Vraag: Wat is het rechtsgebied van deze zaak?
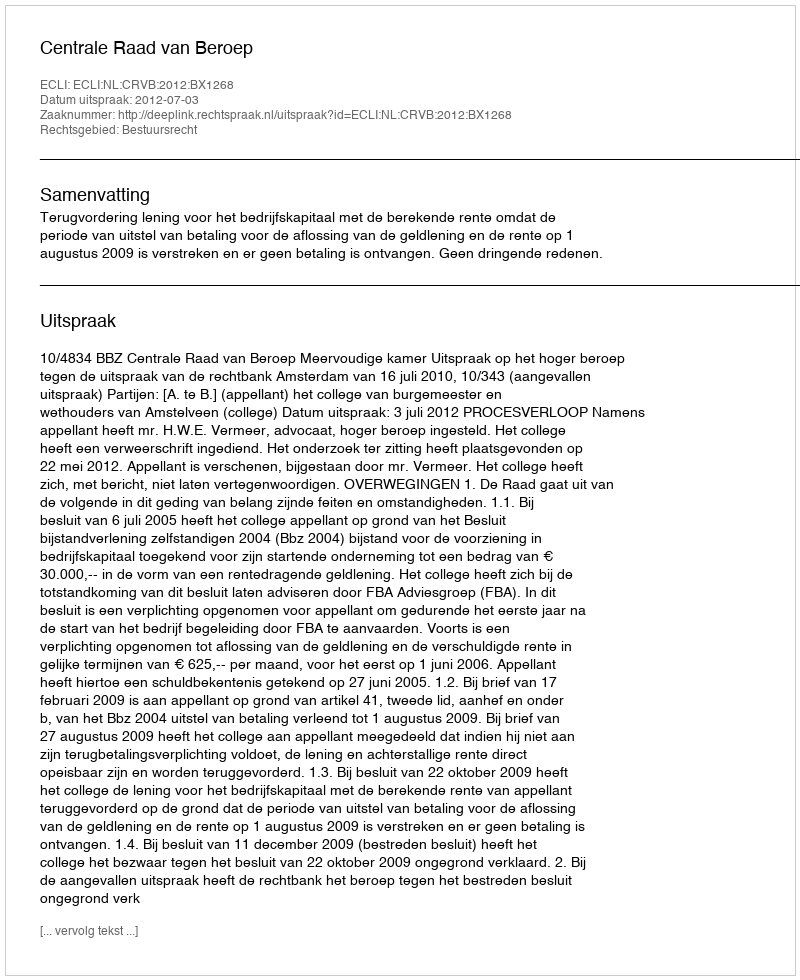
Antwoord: Bestuursrecht